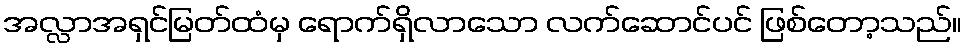
အလ္လာအရှင်မြတ်ထံမှ ရောက်ရှိလာသော လက်ဆောင်ပင် ဖြစ်တော့သည်။